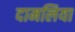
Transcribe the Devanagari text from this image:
दामलिया